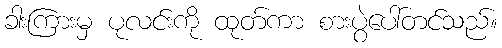
ခါးကြားမှ ပုလင်းကို ထုတ်ကာ စားပွဲပေါ်တင်သည်။